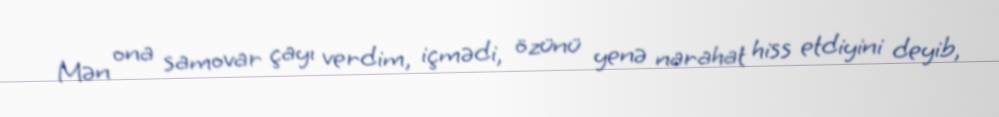
Mən ona samovar çayı verdim, içmədi, özünü yenə narahat hiss etdiyini deyib,